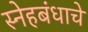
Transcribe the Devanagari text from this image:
स्नेहबंधाचे